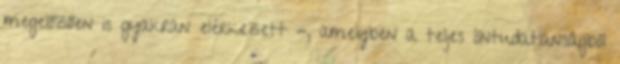
megelőzően is gyakran elérkezett -, amelyben a teljes öntudatlanságból